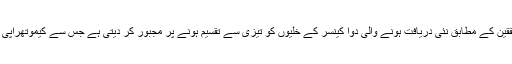
لندن میں قائم انسٹی ٹیوٹ آف کینسر ریسرچ (آئی سی آر) کے محققین کے مطابق نئی دریافت ہونے والی دوا کینسر کے خلیوں کو تیزی سے تقسیم ہونے پر مجبور کر دیتی ہے جس سے کیموتھراپی کی مزاحمت کرنے والے کینسر کا علاج بھی ممکن ہو سکے گا۔